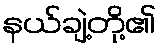
နယ်ချဲ့တို့၏